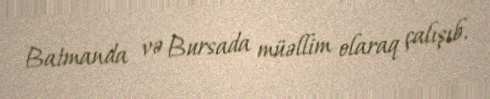
Batmanda və Bursada müəllim olaraq çalışıb.